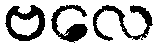
ဗလေ